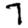
Digit: 7